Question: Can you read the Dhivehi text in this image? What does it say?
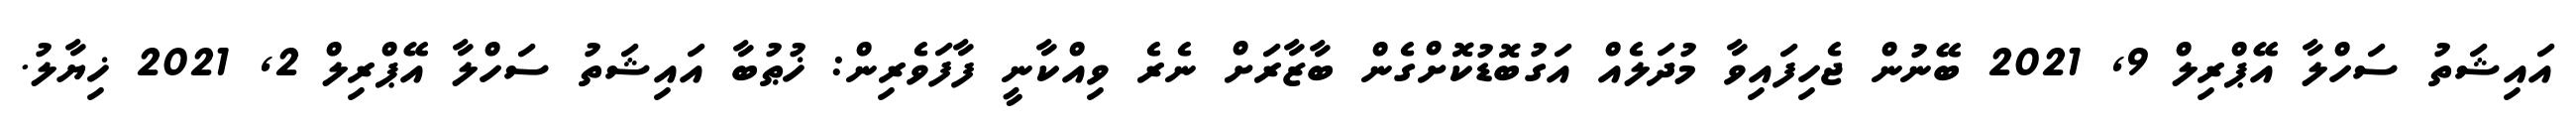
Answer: އައިޝަތު ސަހްލާ އޭޕްރިލް 9, 2021 ބޭނުން ޖެހިފައިވާ މުދަލެއް އަގުބޮޑުކޮށްގެން ބާޒާރަށް ނެރެ ވިއްކާނީ ފާފަވެރިން: ޚުޠުބާ އައިޝަތު ސަހްލާ އޭޕްރިލް 2, 2021 ޚިޔާލު.